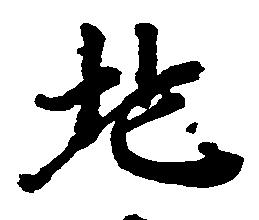
地